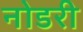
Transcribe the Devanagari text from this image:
नोडरी